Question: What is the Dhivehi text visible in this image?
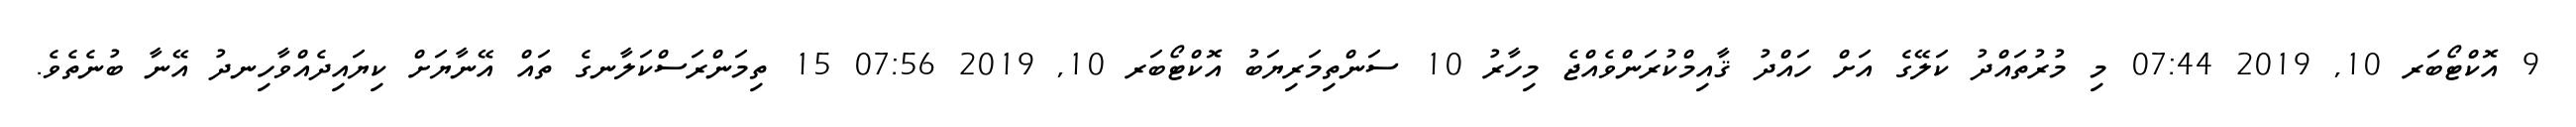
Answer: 9 އޮކްޓޯބަރ 10, 2019 07:44 މި މުރުތައްދު ކަލޭގެ އަށް ހައްދު ޤާއިމްކުރަންވެއްޖެ މިހާރު 10 ސަންތިމަރިޔަބު އޮކްޓޯބަރ 10, 2019 07:56 15 ތިމަންރަސްކަލާނގެ ތައް އޭނާޔަށް ކިޔައިދެއްވާހިނދު އޭނާ ބުނެތެވެ.